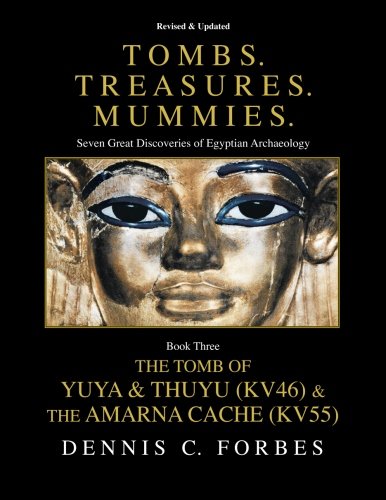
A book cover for Tombs.Treasures. Mummies. Book Three: The Tomb of Yuya & Thuyu and the "Amarna Cache"; Dennis C. Forbes; History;